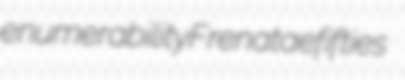
enumerability Frenatae fifties